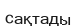
сақтады